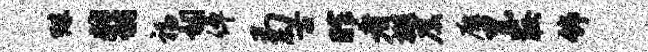
殊翡福祠倬菊古昨者樾虞雁累较饰